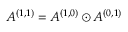
A ^ { ( 1 , 1 ) } = A ^ { ( 1 , 0 ) } \odot A ^ { ( 0 , 1 ) }